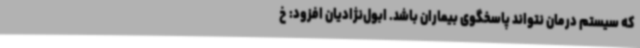
که سیستم درمان نتواند پاسخگوی بیماران باشد. ابول‌نژادیان افزود: خ